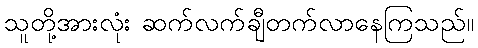
သူတို့အားလုံး ဆက်လက်ချီတက်လာနေကြသည်။